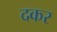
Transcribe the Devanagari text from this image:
दकर